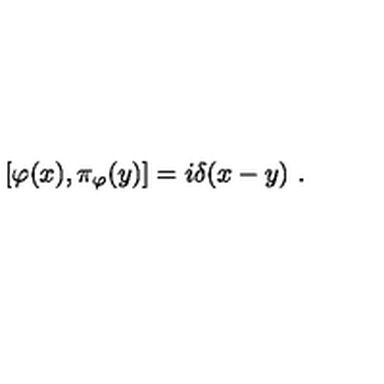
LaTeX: [ \varphi ( x ) , \pi _ { \varphi } ( y ) ] = i \delta ( x - y ) \ .